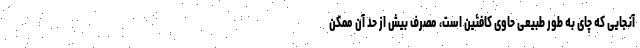
آنجایی که چای به طور طبیعی حاوی کافئین است، مصرف بیش از حد آن ممکن